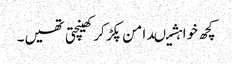
کچھ خواہشیںدامن پکڑ کر کھینچتی تھیں۔